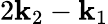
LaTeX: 2\mathbf{k}_{2}-\mathbf{k}_{1}